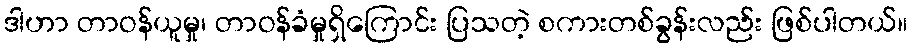
ဒါဟာ တာဝန်ယူမှု၊ တာဝန်ခံမှုရှိကြောင်း ပြသတဲ့ စကားတစ်ခွန်းလည်း ဖြစ်ပါတယ်။